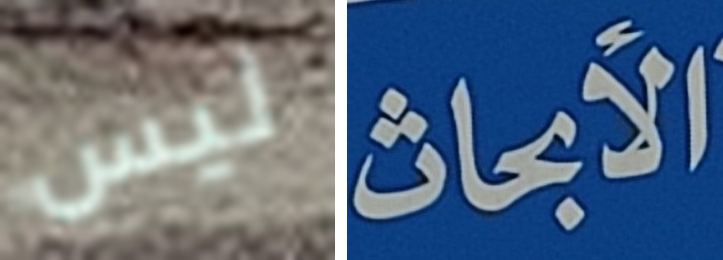
ليس الأبحاث